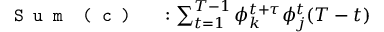
\begin{array} { r l } { \texttt { S u m } \texttt { ( c ) } } & { { } : \sum _ { t = 1 } ^ { T - 1 } \phi _ { k } ^ { t + \tau } \phi _ { j } ^ { t } ( T - t ) } \end{array}